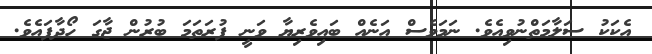
އެކަކު ސަލާމަތްނުވިއެވެ. ނަމަވެސް އަނެއް ބައިވެރިޔާ ވަނީ ފުރަތަމަ ބުރުން ޖާގަ ހޯދާފައެވެ.